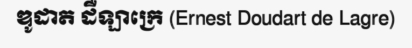
ឌូដាត ដឺឡាក្រេ (Ernest Doudart de Lagre)